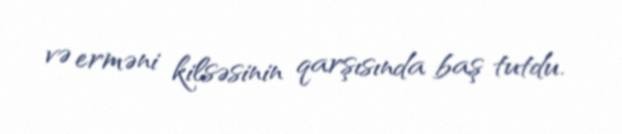
və erməni kilsəsinin qarşısında baş tutdu.